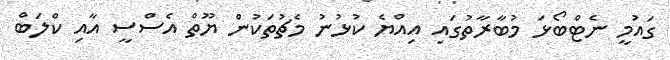
ގައުމީ ނެޓްބޯޅަ މުބާރާތުގައި އިއްޔެ ކުޅުނު މެޗުތަކުން ޔޫތް އެސްސީ އާއި ކްލަބް